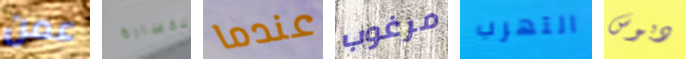
عمن للخسارة عندما مرغوب التهرب دبوس